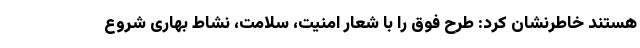
هستند خاطرنشان کرد: طرح فوق را با شعار امنیت، سلامت، نشاط بهاری شروع